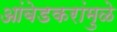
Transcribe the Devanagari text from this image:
आंबेडकरांमुळे